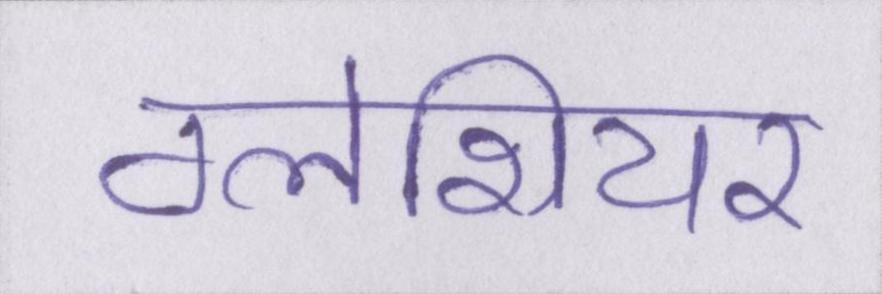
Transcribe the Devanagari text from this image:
ग्लेशियर